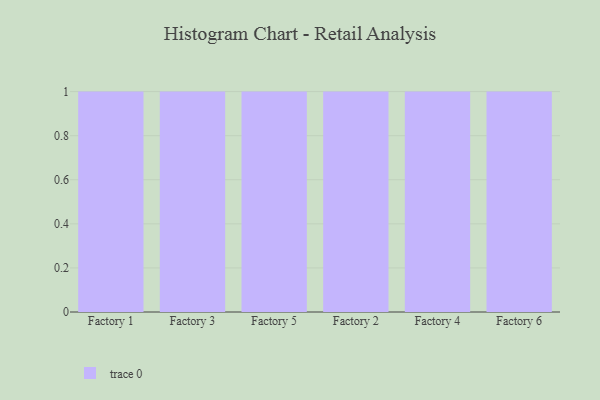
{"axis": {"x": "Factory", "y": "Tickets Resolved"}, "legend": [""], "data": [{"x": "Factory 1", "y": 3, "type": ""}, {"x": "Factory 3", "y": 33, "type": ""}, {"x": "Factory 5", "y": 17, "type": ""}, {"x": "Factory 2", "y": 53, "type": ""}, {"x": "Factory 4", "y": 96, "type": ""}, {"x": "Factory 6", "y": 73, "type": ""}]}